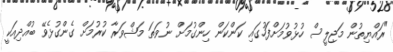
"ރައްޔިތުން މަޖިލީސް ހުޅުވުމަށްފަހުގައި ކަންކަން ހިންގުމަށް ނުވަތަ މަޝްވަރާ ކުރުމަށް ގެންގުޅެވޭ ބުއްދިއަކީ